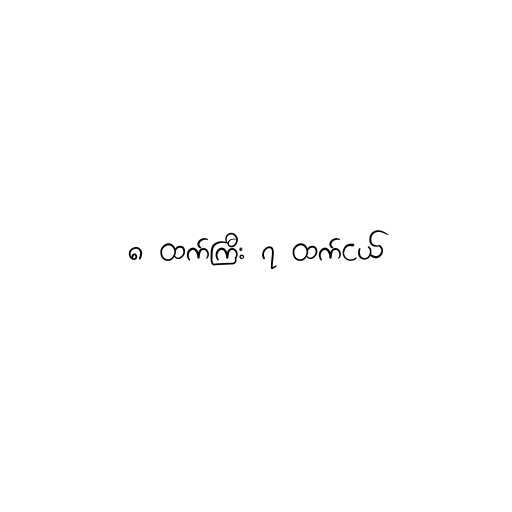
၈ ထက်ကြီး ၇ ထက်ငယ်